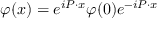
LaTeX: \varphi ( x ) = e ^ { i P \cdot x } \varphi ( 0 ) e ^ { - i P \cdot x }